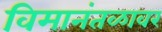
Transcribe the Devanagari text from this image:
विमानंतळावर